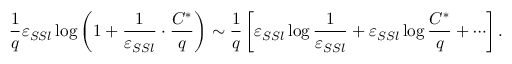
\frac { 1 } { q } \varepsilon _ { S S l } \log \left( 1 + \frac { 1 } { \varepsilon _ { S S l } } \cdot \frac { C ^ { * } } { q } \right) \sim \frac 1 q \left[ \varepsilon _ { S S l } \log \frac { 1 } { \varepsilon _ { S S l } } + \varepsilon _ { S S l } \log \frac { C ^ { * } } { q } + \cdots \right] .